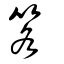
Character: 笿